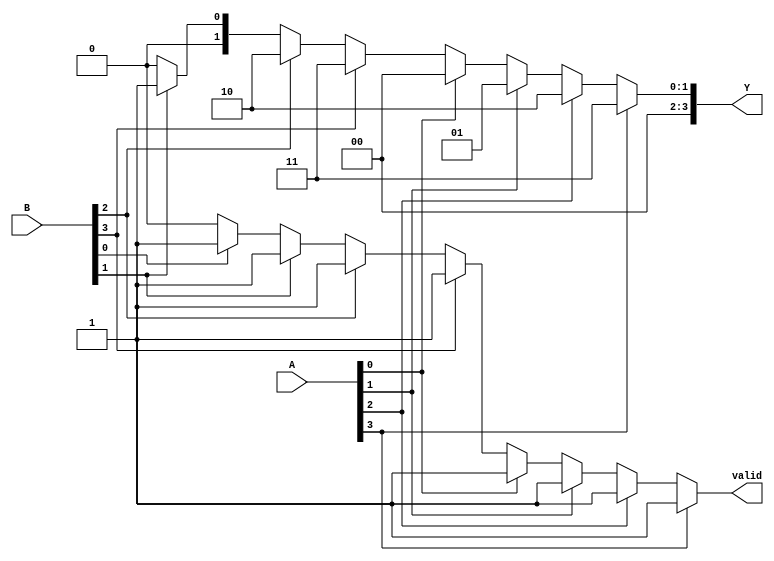
module dual_priority_encoder (
    input wire [3:0] A,  // Set A inputs: A0, A1, A2, A3 (4 inputs)
    input wire [3:0] B,  // Set B inputs: B0, B1, B2, B3 (4 inputs)
    output reg [3:0] Y,  // Output encoding the highest active input
    output reg valid      // Validity output
);

    always @(*) begin
        // Initialize outputs
        Y = 4'b0000;  // Default output
        valid = 1'b0; // Default invalid

        // Check Set A for active inputs
        if (A[3]) begin
            Y = 4'b0011; // A3
            valid = 1'b1;
        end else if (A[2]) begin
            Y = 4'b0010; // A2
            valid = 1'b1;
        end else if (A[1]) begin
            Y = 4'b0001; // A1
            valid = 1'b1;
        end else if (A[0]) begin
            Y = 4'b0000; // A0
            valid = 1'b1;
        end
        // If no inputs from Set A are active, check Set B
        else if (B[3]) begin
            Y = 4'b0011; // B3
            valid = 1'b1;
        end else if (B[2]) begin
            Y = 4'b0010; // B2
            valid = 1'b1;
        end else if (B[1]) begin
            Y = 4'b0001; // B1
            valid = 1'b1;
        end else if (B[0]) begin
            Y = 4'b0000; // B0
            valid = 1'b1;
        end
    end
endmodule